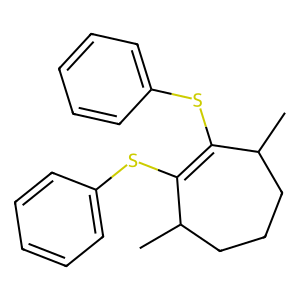
SMILES: CC1CCCC(C)C(Sc2ccccc2)=C1Sc1ccccc1
Inhibits HIV replication: No